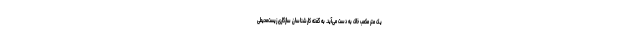
یک متر مکعب خاک به دست می‌آید. به گفته کارشناسان سازگاری زیست‌محیطی